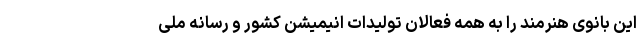
این بانوی هنرمند را به همه فعالان تولیدات انیمیشن کشور و رسانه ملی